Kuressaare_kinnistusamet, lk 10
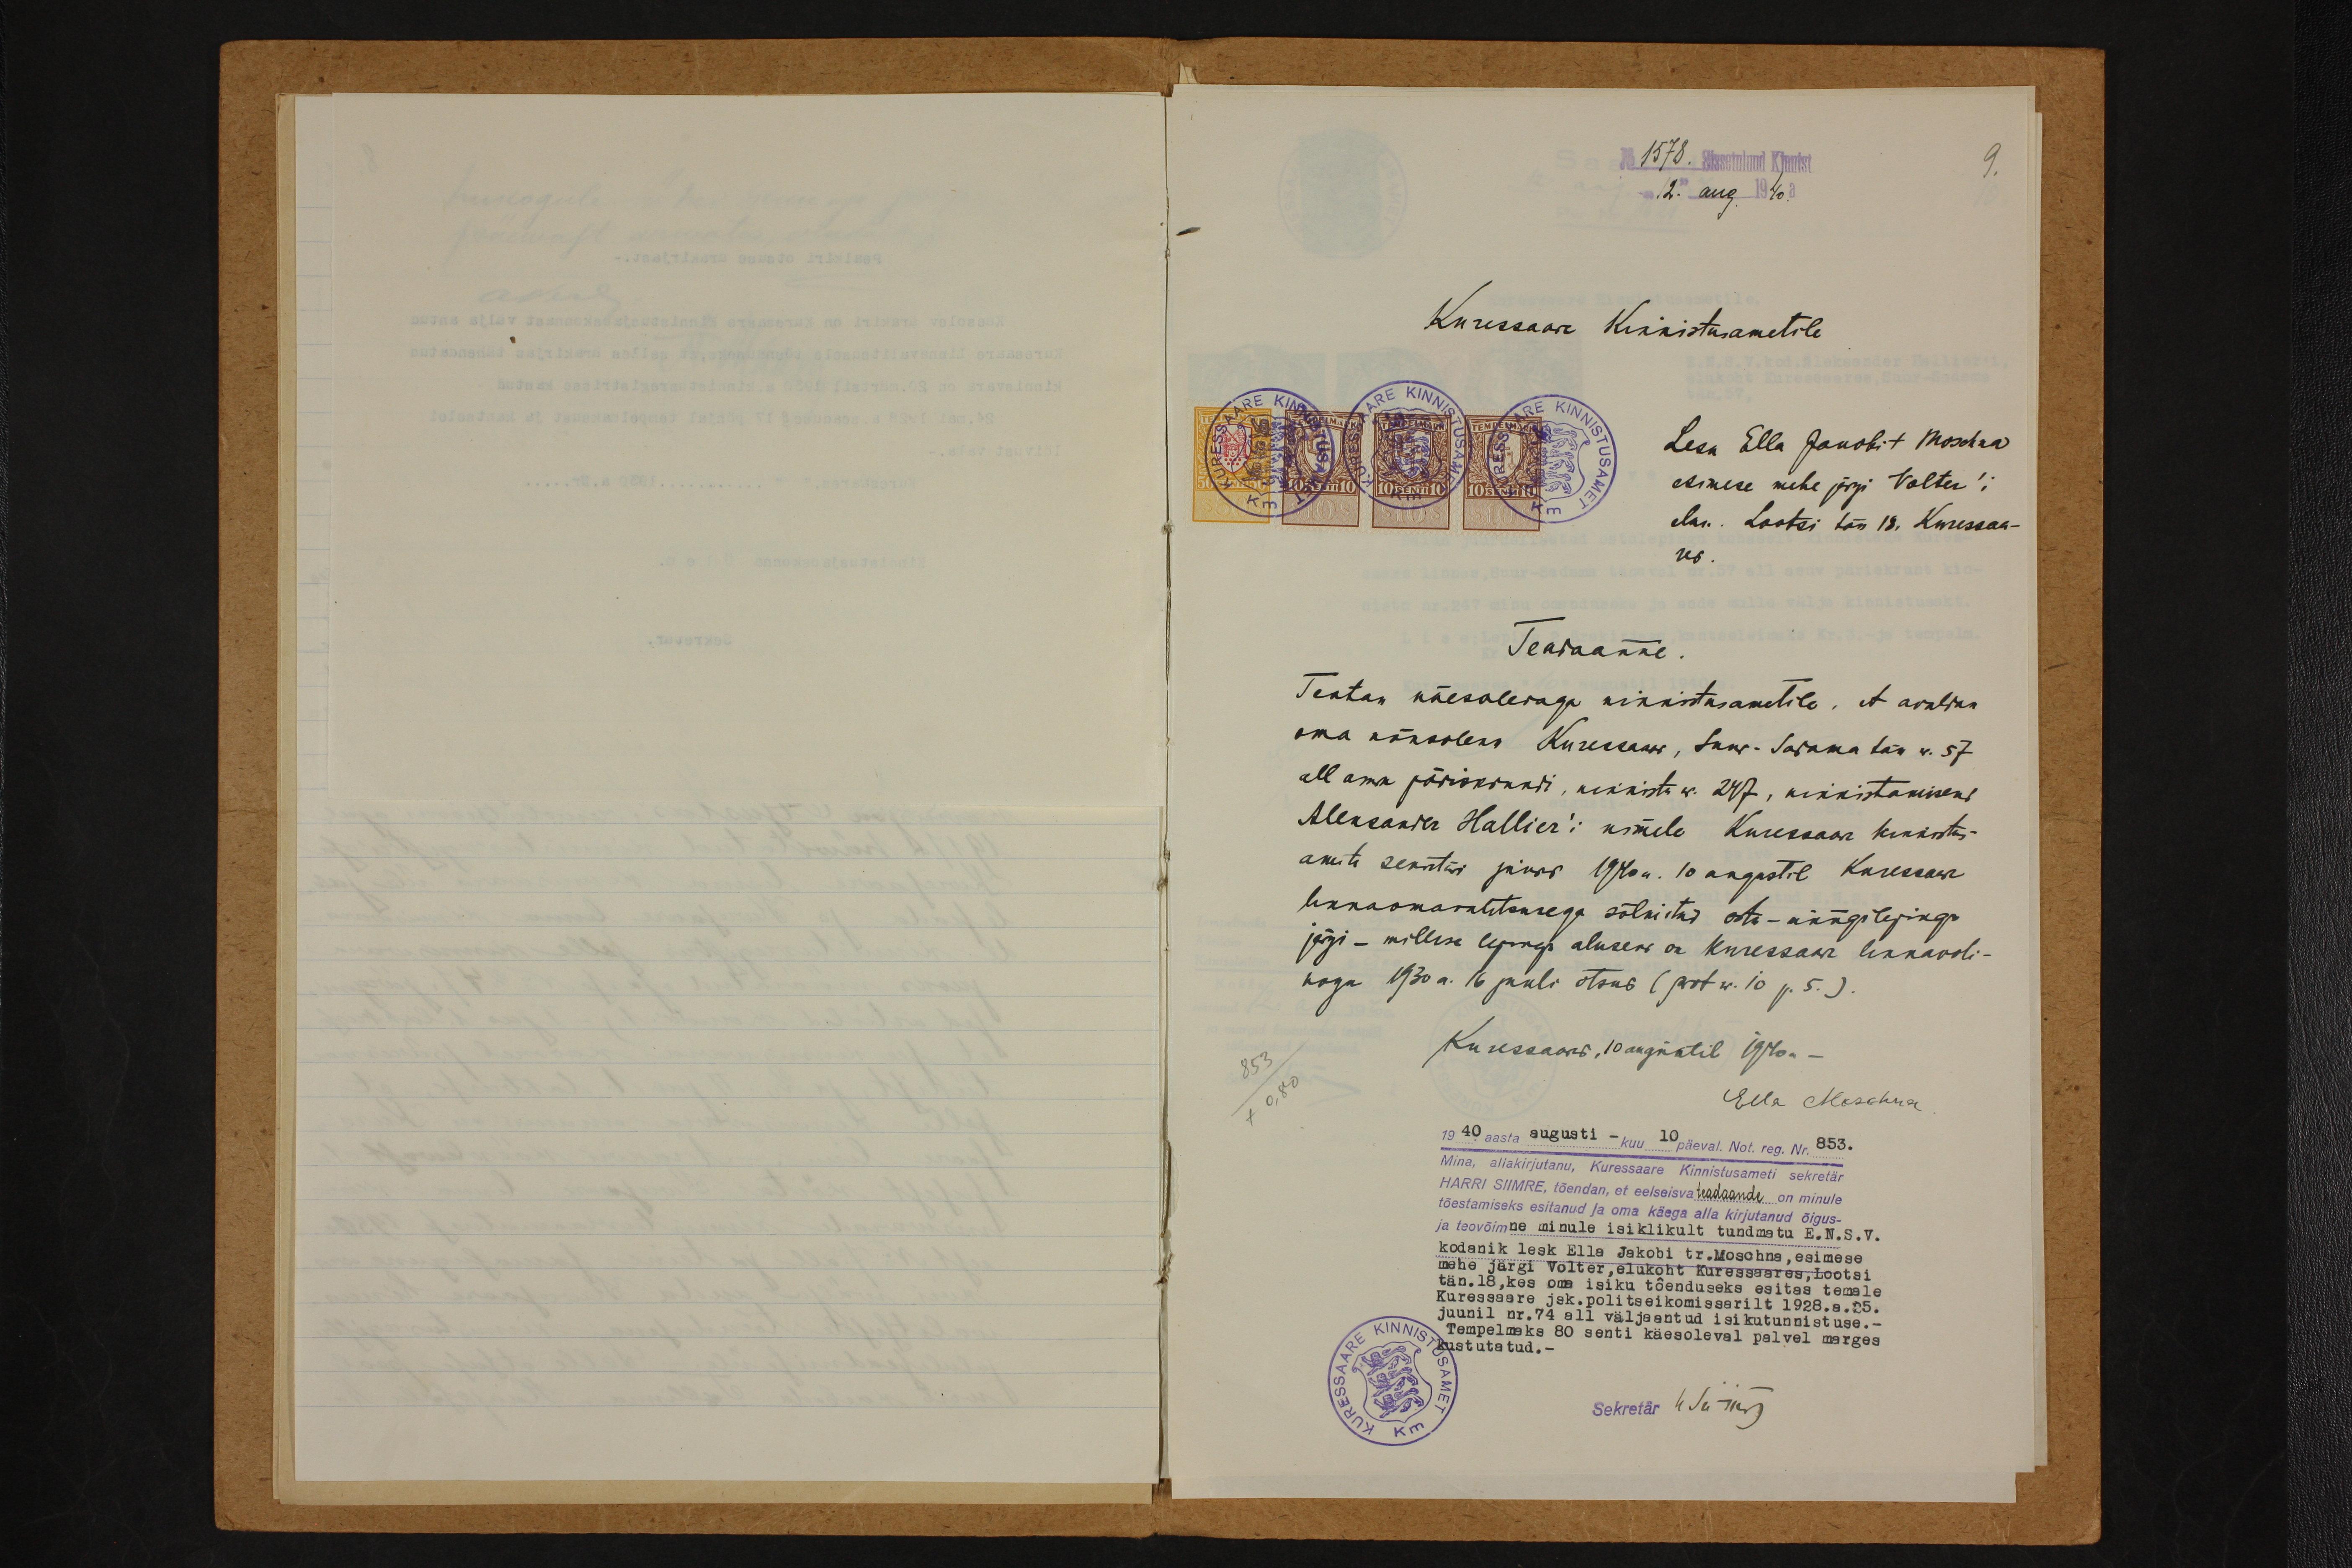
No. 1578. Sissetulnud Kinnist.
"12" aug. 1940 a.

9.

Kuressaar Kinnistusametile

Lesk Ella Jakobi t. Moschna
esimese mehe järgi Valter'i
eluk. Lootsi tän 18. Kuresaa-
res.
Teadaanne
Teatan käesolevaga kinnistusametile, et avaldan-
oma käesoleva Kuresaare, Suur-Sadama tän n. 57
all oma päriskrundi, kinnistu n. 297, kinnnistamiseks
Aleksander Hallier'i nimele Kuressaare kinnistus-
ameti sekretäri jures 1940 a. 10 augustil Kuressaare
linnaomawalitsusega sõlmitud ostu-müügilepingu
järgi - millise lepingu aluseks on Kuressaare linnavoli-
kogu 1930 a. 16 juuli otsus (prot nr. 10 p. 5. )
Kuressaare, 10 augustil 1940 a.
Ella Moschna
1940 aasta augusti - kuu 10 päeval Not. reg. Nr. 853.
Mina, allakirjutanu, Kuresaare Kinnistusameti sekretär-
HARRI SIIMRE, tõendan, et eelseisva teadaande on minule
tõestamiseks esitanud ja oma käega alla kirjutanud õigus-
ja teovõimne minule isiklikult tundmatu E.N.S.V.
kodanik lesk Ella Jakobi tr. Moschna, esimese
tän. 18, kes oma isiku tõenduseks esitas temale
mehe järgi Volter, elukoht Kuressaares, Lootsi
Kuressaare jsk. politseikomissarilt 1928.a.25.
juunil nr. 74 all väljaantud isikutunnistuse.-
Tempelmaks 80 senti käesoleval palvel marges
kustutatud.-
Sekretär 4 Jurry